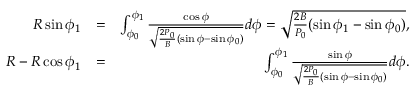
\begin{array} { r l r } { R \sin \phi _ { 1 } } & { = } & { \int _ { \phi _ { 0 } } ^ { \phi _ { 1 } } \frac { \cos \phi } { \sqrt { \frac { 2 P _ { 0 } } { B } ( \sin \phi - \sin \phi _ { 0 } ) } } d \phi = \sqrt { \frac { 2 B } { P _ { 0 } } ( \sin \phi _ { 1 } - \sin \phi _ { 0 } ) } , } \\ { R - R \cos \phi _ { 1 } } & { = } & { \int _ { \phi _ { 0 } } ^ { \phi _ { 1 } } \frac { \sin \phi } { \sqrt { \frac { 2 P _ { 0 } } { B } ( \sin \phi - \sin \phi _ { 0 } ) } } d \phi . } \end{array}